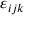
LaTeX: \varepsilon _ { i j k }